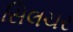
સિલચર